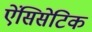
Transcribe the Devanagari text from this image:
ऐंसिसेटिक